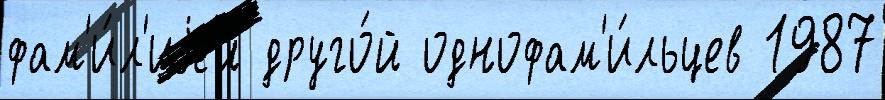
фам'и́л'иjей друго́й однофам'и́льцев 1987